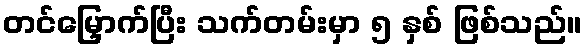
တင်မြှောက်ပြီး သက်တမ်းမှာ ၅ နှစ် ဖြစ်သည်။